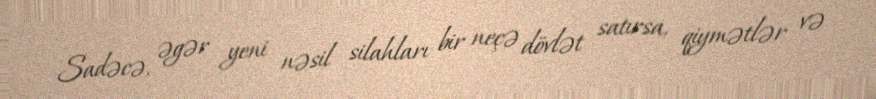
Sadəcə, əgər yeni nəsil silahları bir neçə dövlət satırsa, qiymətlər və